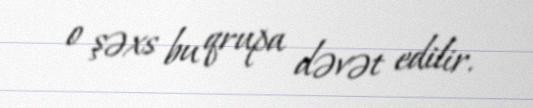
o şəxs bu qrupa dəvət edilir.